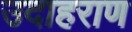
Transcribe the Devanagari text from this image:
उदाहराण